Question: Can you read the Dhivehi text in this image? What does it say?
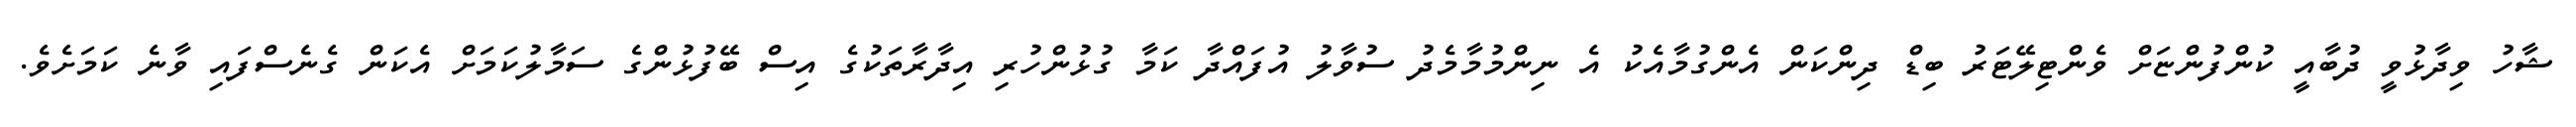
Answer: ޝާހު ވިދާޅުވީ ދުބާއީ ކުންފުންޏަށް ވެންޓިލޭޓަރު ބިޑް ދިންކަން އެންގުމާއެކު އެ ނިންމުމާމެދު ސުވާލު އުފައްދާ ކަމާ ގުޅުންހުރި އިދާރާތަކުގެ އިސް ބޭފުޅުންގެ ސަމާލުކަމަށް އެކަން ގެނެސްފައި ވާނެ ކަމަށެވެ.